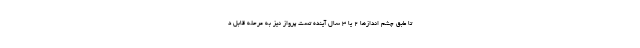
تا طبق چشم اندازها 2 یا 3 سال آینده تست پرواز نیز به مرحله قابل د